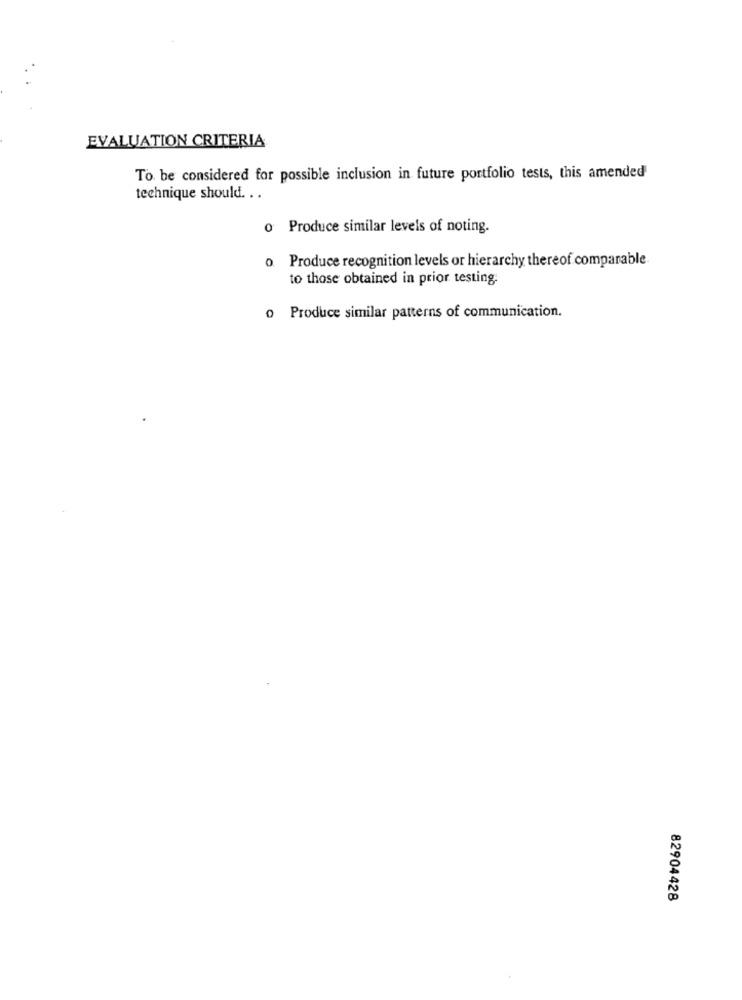
EVALUATION CRITERIA
To be considered for possible inclusion in future portfolio tests, this amended
technique should. . .
o Produce similar levels of noting.
o Produce recognition levels or hierarchy thereof comparable
to those obtained in prior testing.
o Produce similar patterns of communication.
82904428